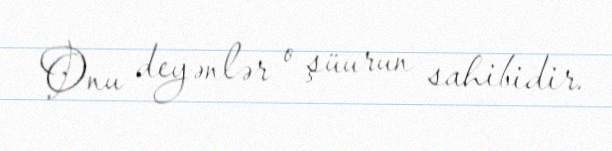
Onu deyənlər o şüurun sahibidir.